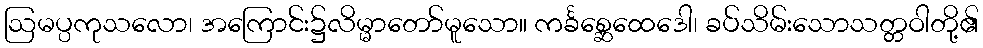
ဩမပ္ပကုသလော၊ အကြောင်း၌လိမ္မာတော်မူသော။ ကင်္ခစ္ဆေထေဒေါ၊ ခပ်သိမ်းသောသတ္တဝါတို့၏